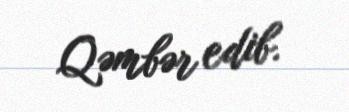
Qəmbər edib.